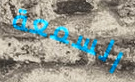
السمعة